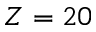
Z = 2 0